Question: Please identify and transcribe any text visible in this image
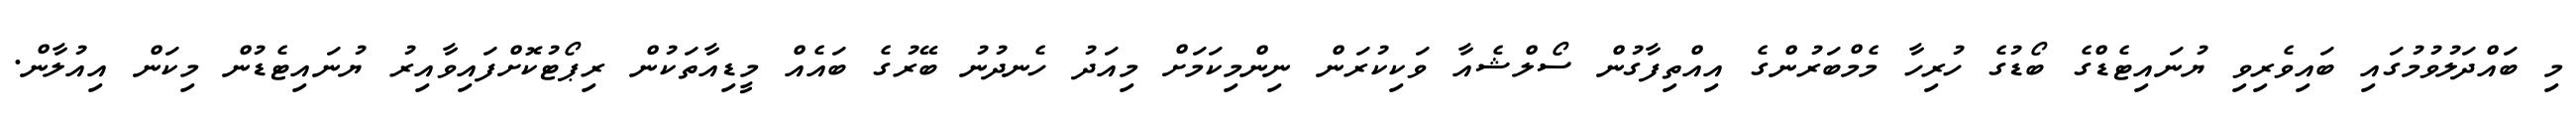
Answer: މި ބައްދަލުވުމުގައި ބައިވެރިވި ޔުނައިޓެޑްގެ ބޯޑުގެ ހުރިހާ މެމްބަރުންގެ އިއްތިފާގުން ސޯލްޝެއާ ވަކިކުރަން ނިންމިކަމަށް މިއަދު ހެނދުނު ބޭރުގެ ބައެއް މީޑިއާތަކުން ރިޕޯޓުކޮށްފައިވާއިރު ޔުނައިޓެޑުން މިކަން އިއުލާން.